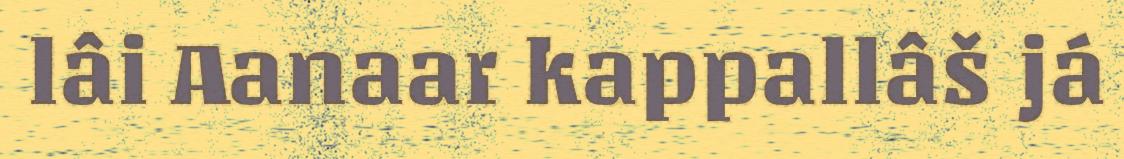
lâi Aanaar kappallâš já